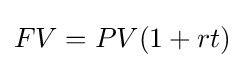
FV=PV(1+rt)